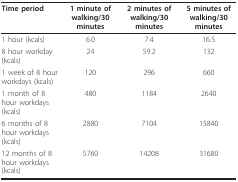
<table><thead><tr><td><b>Time period</b></td><td><b>1 minute of walking/30 minutes</b></td><td><b>2 minutes of walking/30 minutes</b></td><td><b>5 minutes of walking/30 minutes</b></td></tr></thead><tbody><tr><td>1 hour (kcals)</td><td>6.0</td><td>7.4</td><td>16.5</td></tr><tr><td>8 hour workday (kcals)</td><td>24</td><td>59.2</td><td>132</td></tr><tr><td>1 week of 8 hour workdays (kcals)</td><td>120</td><td>296</td><td>660</td></tr><tr><td>1 month of 8 hour workdays (kcals)</td><td>480</td><td>1184</td><td>2640</td></tr><tr><td>6 months of 8 hour workdays (kcals)</td><td>2880</td><td>7104</td><td>15840</td></tr><tr><td>12 months of 8 hour workdays (kcals)</td><td>5760</td><td>14208</td><td>31680</td></tr></tbody></table>